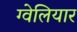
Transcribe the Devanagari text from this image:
ग्वेलियार